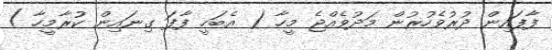
ފާފައިން ދުރުވެހުރުން މަދުވެއްޖެ މީހާ ( އެބަހީ ފާފަ ގިނައިން ކުރާމީހާ )